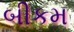
બીકમ